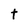
Character: t